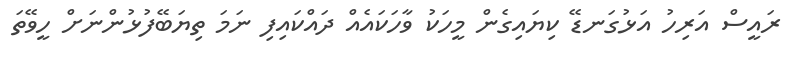
ރައީސް އަރިހު އަޅުގަނޑޭ ކިޔައިގެން މީހަކު ވާހަކައެއް ދައްކައިފި ނަމަ ތިޔަބޭފުޅުންނަށް ހީވޭތަ